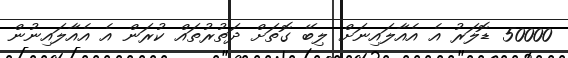
50000 ޑޮލަރު އެ އެއާލައިނަށް ލިބޭ ގޮތަށް ދަތުރުތައް ކުރަން އެ އެއާލައިނުން